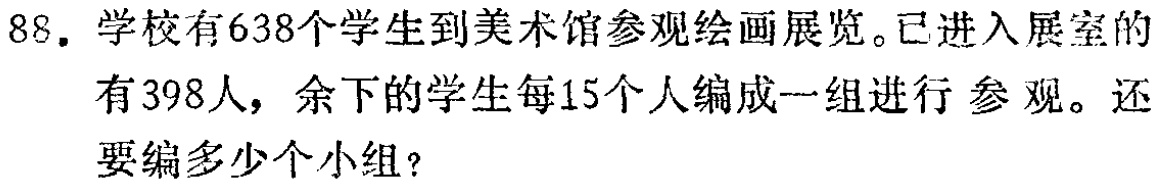
88. 学校有638个学生到美术馆参观绘画展览。已进入展室的有398人，余下的学生每15个人编成一组进行 参观。还要编多少个小组？